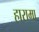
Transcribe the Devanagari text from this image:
हारामा